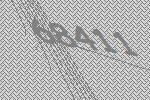
68411